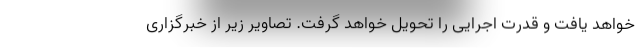
خواهد یافت و قدرت اجرایی را تحویل خواهد گرفت. تصاویر زیر از خبرگزاری